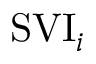
\mathrm { S V I } _ { i }